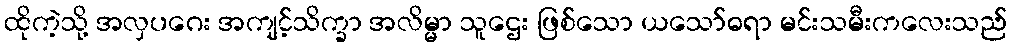
ထိုကဲ့သို့ အလှပဂေး အကျင့်သိက္ခာ အလိမ္မာ သူဌေး ဖြစ်သော ယသော်ဓရာ မင်းသမီးကလေးသည်